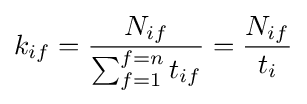
k_{if}={\frac {N_{if}}{\sum _{f=1}^{f=n}t_{if}}}={\frac {N_{if}}{t_{i}}}